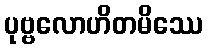
ပုဗ္ဗလောဟိတမိဿေ